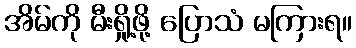
အိမ်ကို မီးရှို့ဖို့ ပြောသံ မကြားရ။